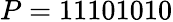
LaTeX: P=11101010